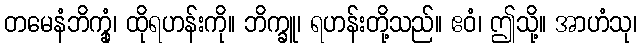
တမေနံဘိက္ခုံ၊ ထိုရဟန်းကို။ ဘိက္ခူ၊ ရဟန်းတို့သည်။ ဧဝံ၊ ဤသို့။ အာဟံသု၊